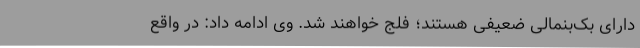
دارای بک‌بنمالی ضعیفی هستند؛ فلج خواهند شد. وی ادامه داد: در واقع